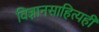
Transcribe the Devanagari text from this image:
विज्ञानसाहित्यही